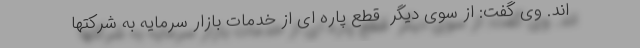
اند. وی گفت: از سوی دیگر ‌ قطع پاره ای از خدمات بازار سرمایه به شرکتها